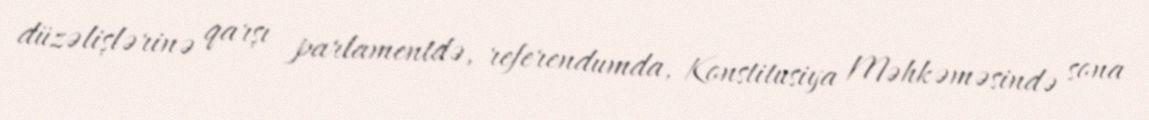
düzəlişlərinə qarşı parlamentdə, referendumda, Konstitusiya Məhkəməsində sona